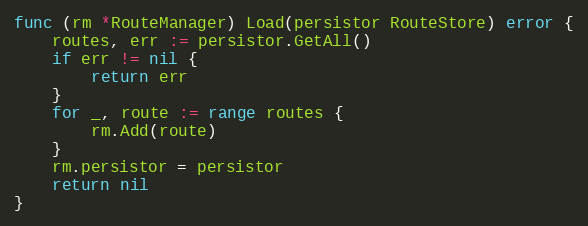
Language: Go
func (rm *RouteManager) Load(persistor RouteStore) error {
	routes, err := persistor.GetAll()
	if err != nil {
		return err
	}
	for _, route := range routes {
		rm.Add(route)
	}
	rm.persistor = persistor
	return nil
}